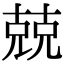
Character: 兢